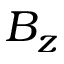
B _ { z }